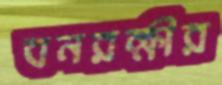
বনরক্ষীর